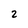
Character: 2